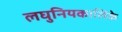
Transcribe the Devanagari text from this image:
लघुनियकालिके